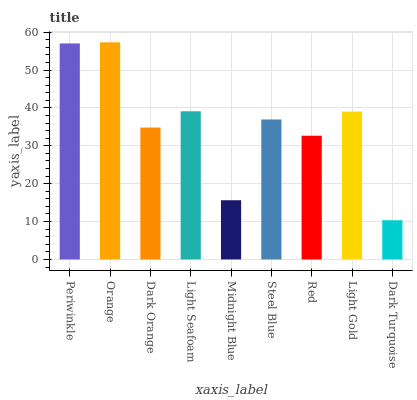
| xaxis_label | bars |
 | --- | --- |
 | Periwinkle | 57 |
 | Orange | 57.3 |
 | Dark Orange | 34.8 |
 | Light Seafoam | 39.1 |
 | Midnight Blue | 15.6 |
 | Steel Blue | 36.9 |
 | Red | 32.7 |
 | Light Gold | 39 |
 | Dark Turquoise | 10.4 |